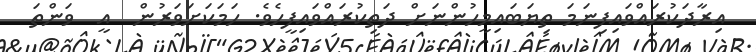
އިރާދަކުރައްވައިފިނަމަ ތިޔަބައިމީހުންނަށް ދަތިކުރައްވައިފީހެވެ. ހަމަކަށަވަރުން  އީ  ވަންތަ